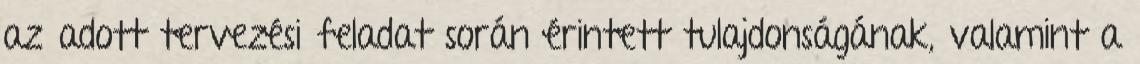
az adott tervezési feladat során érintett tulajdonságának, valamint a